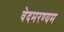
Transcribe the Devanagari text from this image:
वेदमरण्यम